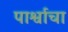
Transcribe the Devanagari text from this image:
पार्श्वाचा